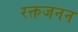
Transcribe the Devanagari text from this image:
रक्तजनन